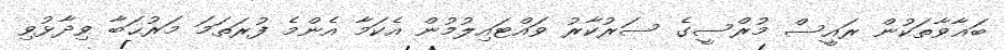
ބަޣާވާތަކުން ރައީސް މުރްސީގެ ސަރުކާރު ވައްޓައިލުމުން އެކަމާ އެންމެ ފުރަތަމަ މަރުޙަބާ ވިދާޅުވި